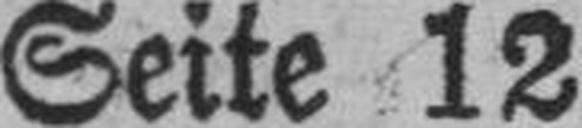
Seite 12